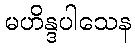
မဟိန္ဒပါသေန